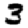
Digit: 3